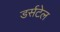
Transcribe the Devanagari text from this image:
डर्सटेल